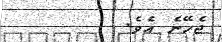
ޖެހޭނެ އެވެ.